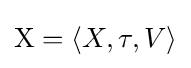
\mathrm {X} =\langle X,\tau ,V\rangle